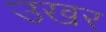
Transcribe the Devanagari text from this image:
उखर